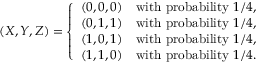
( X , Y , Z ) = \left\{ { \begin{array} { l l } { ( 0 , 0 , 0 ) } & { { \mathrm { w i t h ~ p r o b a b i l i t y } } \ 1 / 4 , } \\ { ( 0 , 1 , 1 ) } & { { \mathrm { w i t h ~ p r o b a b i l i t y } } \ 1 / 4 , } \\ { ( 1 , 0 , 1 ) } & { { \mathrm { w i t h ~ p r o b a b i l i t y } } \ 1 / 4 , } \\ { ( 1 , 1 , 0 ) } & { { \mathrm { w i t h ~ p r o b a b i l i t y } } \ 1 / 4 . } \end{array} } \right.